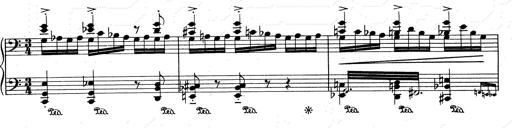
Title: RÃ©miniscences de Don Juan
Composer: Franz Liszt